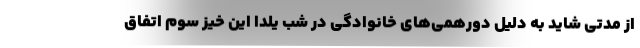
از مدتی شاید به دلیل دورهمی‌های خانوادگی در شب یلدا این خیز سوم اتفاق